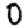
Digit: 0